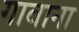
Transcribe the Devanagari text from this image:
गावाना